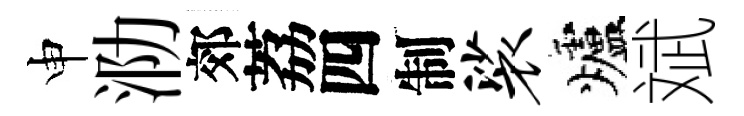
申泐郊荔四制裟爐斌